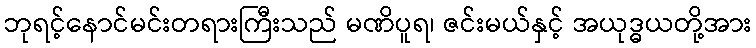
ဘုရင့်နောင်မင်းတရားကြီးသည် မဏိပူရ၊ ဇင်းမယ်နှင့် အယုဒ္ဓယတို့အား